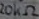
Text: 20KΩ